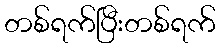
တစ်ရက်ပြီးတစ်ရက်